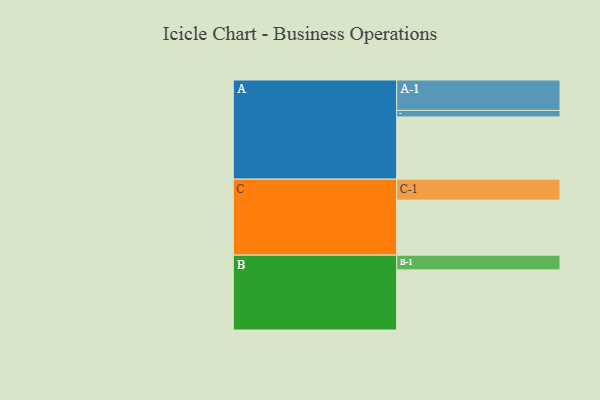
{"axis": {"x": "Segment", "y": "Value"}, "legend": ["", "A", "B", "C"], "data": [{"x": "A", "y": 599, "type": ""}, {"x": "B", "y": 579, "type": ""}, {"x": "C", "y": 530, "type": ""}, {"x": "A-1", "y": 293, "type": "A"}, {"x": "A-2", "y": 63, "type": "A"}, {"x": "B-1", "y": 142, "type": "B"}, {"x": "C-1", "y": 202, "type": "C"}]}